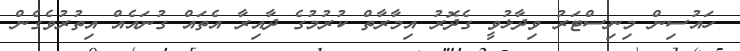
ހައުސިން މިނިސްޓަރު ވިދާޅުވީ ގެދޮރު އިމާރާތް ކުރުމުގެ ދާއިރާ އެތައް ގުނައެއް އިތުރުވެގެން